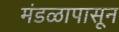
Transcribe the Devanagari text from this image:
मंडळापासून